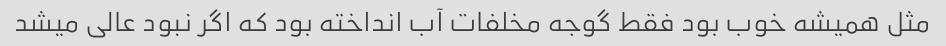
مثل همیشه خوب بود فقط گوجه مخلفات آب انداخته بود که اگر نبود عالی میشد